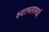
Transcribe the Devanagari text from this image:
श्यामलाबाई